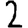
Digit: 2